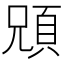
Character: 𩒇